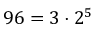
9 6 = 3 \cdot 2 ^ { 5 }